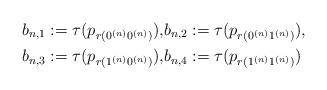
LaTeX: \begin{align*}b_{n,1} := \tau(p_{r(0^{(n)} 0^{(n)})}), & b_{n,2} := \tau(p_{r(0^{(n)} 1^{(n)})}),\\b_{n,3} := \tau(p_{r(1^{(n)} 0^{(n)})}), & b_{n,4} := \tau(p_{r(1^{(n)} 1^{(n)})})\end{align*}